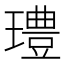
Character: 𰢓